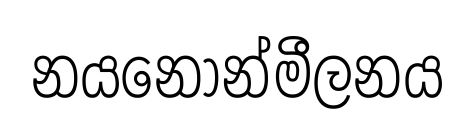
නයනෝන්මීලනය